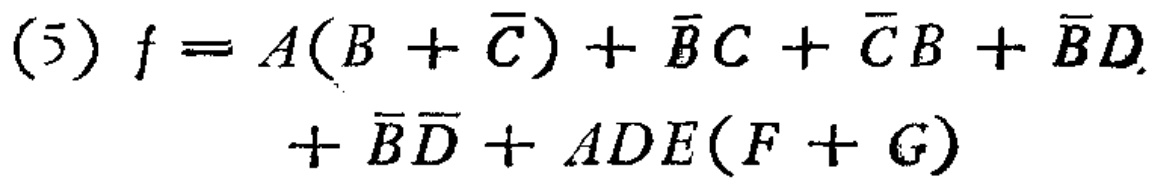
(5) \(f = A(B + \overline{C})+ \overline{B}C+\overline{C}B+\overline{B}D+\overline{B}\overline{D}+ADE(F + G)\)